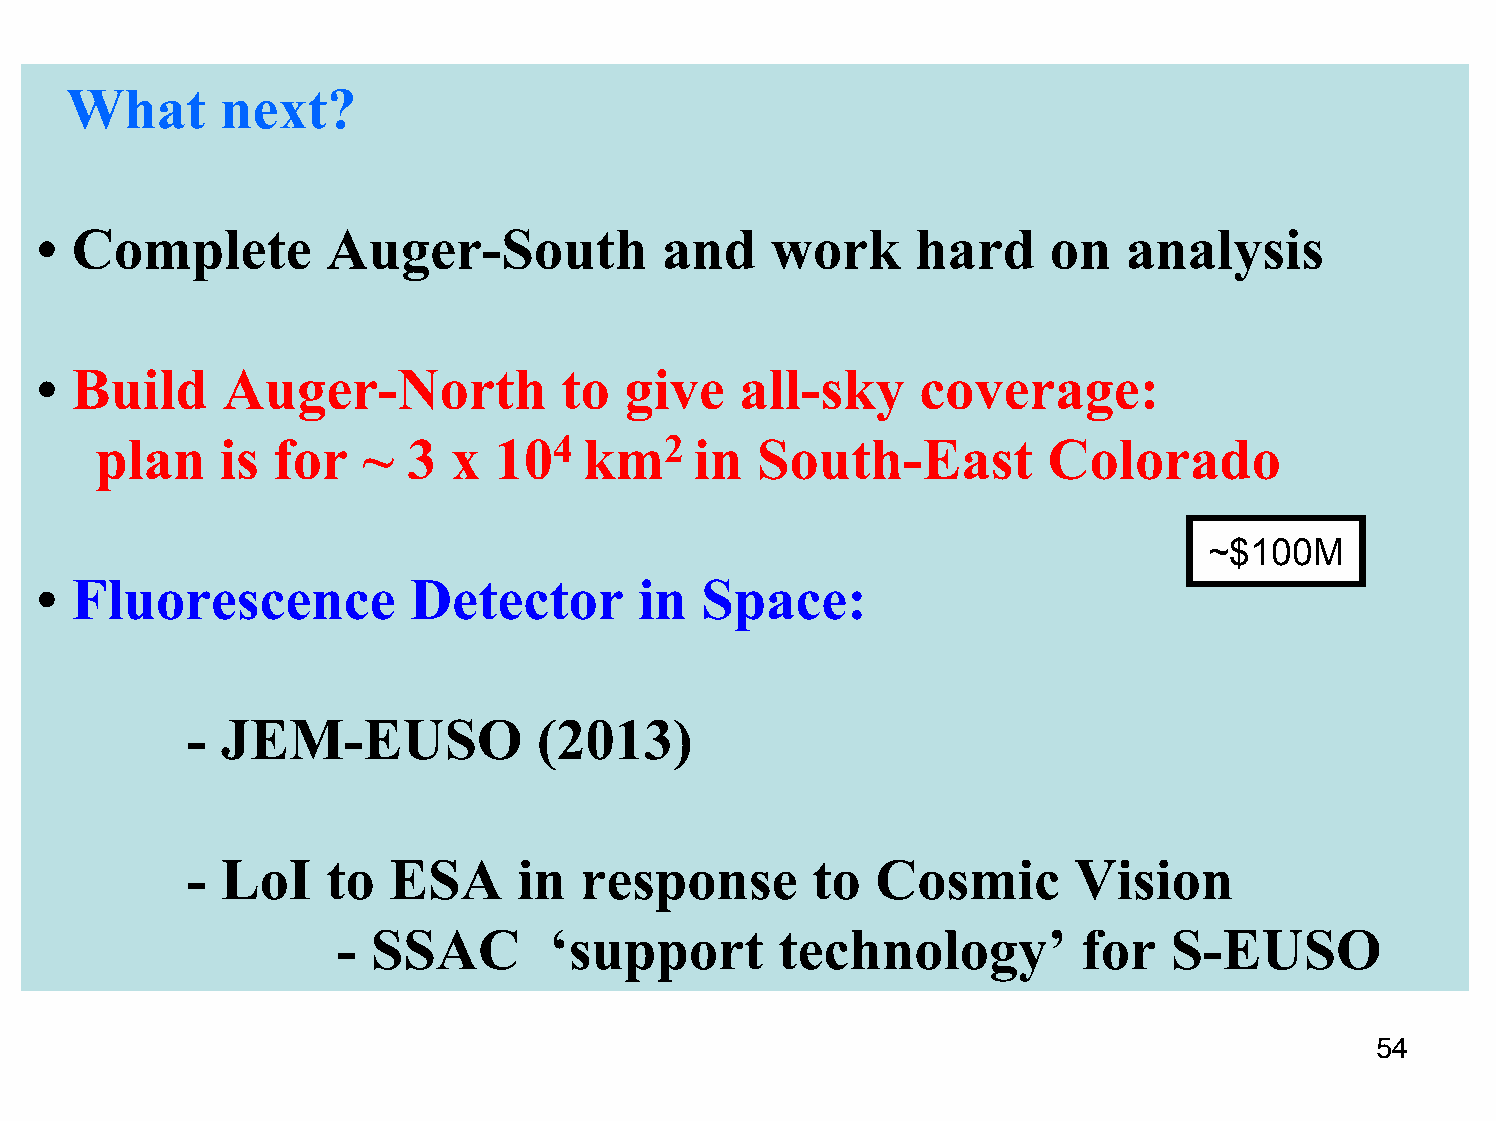
What       next?
 • Complete         Auger-South           and    work      hard     on   analysis
 • Build     Auger-North           to  give    all-sky     coverage:
 plan     is for   ~  3  x  104   km2    in  South-East         Colorado
 ~$100M
 • Fluorescence          Detector       in   Space:
 -  JEM-EUSO             (2013)
 -  LoI    to  ESA     in   response       to  Cosmic       Vision
 -  SSAC       ‘support        technology’         for   S-EUSO
 54